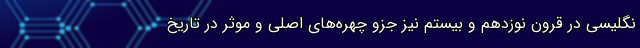
نگلیسی در قرون نوزدهم و بیستم نیز جزو چهره‌های اصلی و موثر در تاریخ